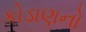
કોડાણનો